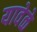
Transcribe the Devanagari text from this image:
यावेळे